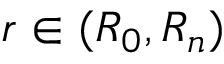
r \in ( R _ { 0 } , R _ { n } )